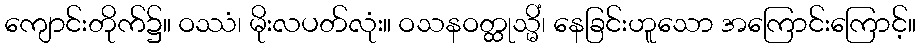
ကျောင်းတိုက်၌။ ဝဿံ၊ မိုးလပတ်လုံး။ ဝသနဝတ္ထုသ္မိံ၊ နေခြင်းဟူသော အကြောင်းကြောင့်။